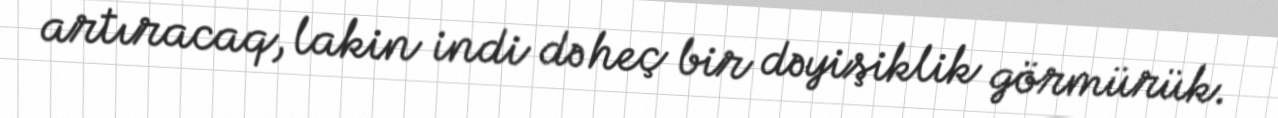
artıracaq, lakin indi də heç bir dəyişiklik görmürük.